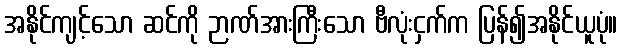
အနိုင်ကျင့်သော ဆင်ကို ဉာဏ်အားကြီးသော ဗီလုံးငှက်က ပြန်၍အနိုင်ယူပုံ။